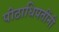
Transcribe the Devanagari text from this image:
पीठाधिपतींनी